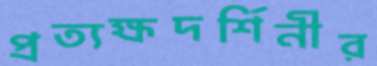
প্রত্যক্ষদর্শিনীর